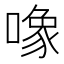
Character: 𱔠